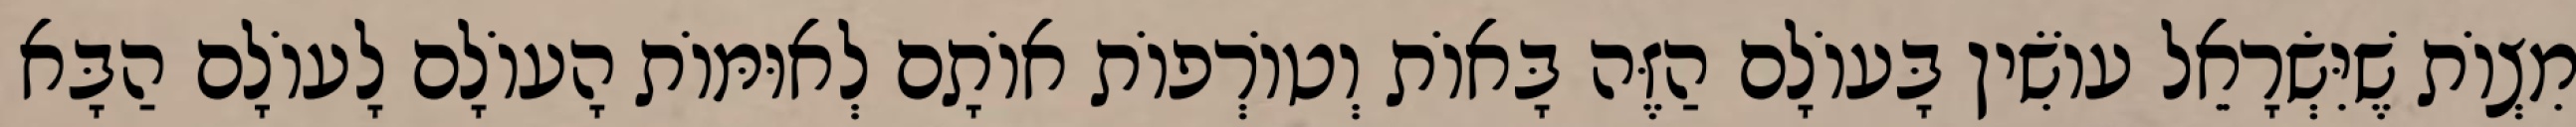
מִצְוֹת שֶׁיִּשְׂרָאֵל עוֹשִׂין בָּעוֹלָם הַזֶּה בָּאוֹת וְטוֹרְפוֹת אוֹתָם לְאוּמּוֹת הָעוֹלָם לָעוֹלָם הַבָּא